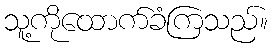
သူ့ကိုထောက်ခံကြသည်။